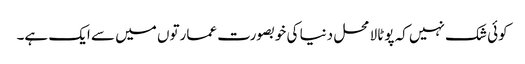
کوئی شک نہیں کہ پوٹالا محل دنیا کی خوبصورت عمارتوں میں سے ایک ہے۔